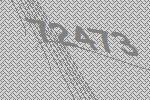
72473